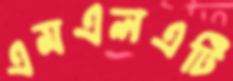
এমএলএটি